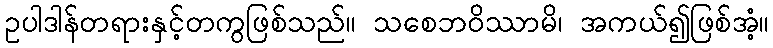
ဥပါဒါန်တရားနှင့်တကွဖြစ်သည်။ သစေဘဝိဿာမိ၊ အကယ်၍ဖြစ်အံ့။